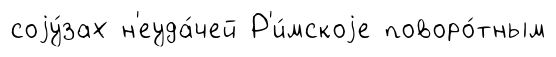
соjу́зах н'еуда́чей Р'и́мскоjе поворо́тным